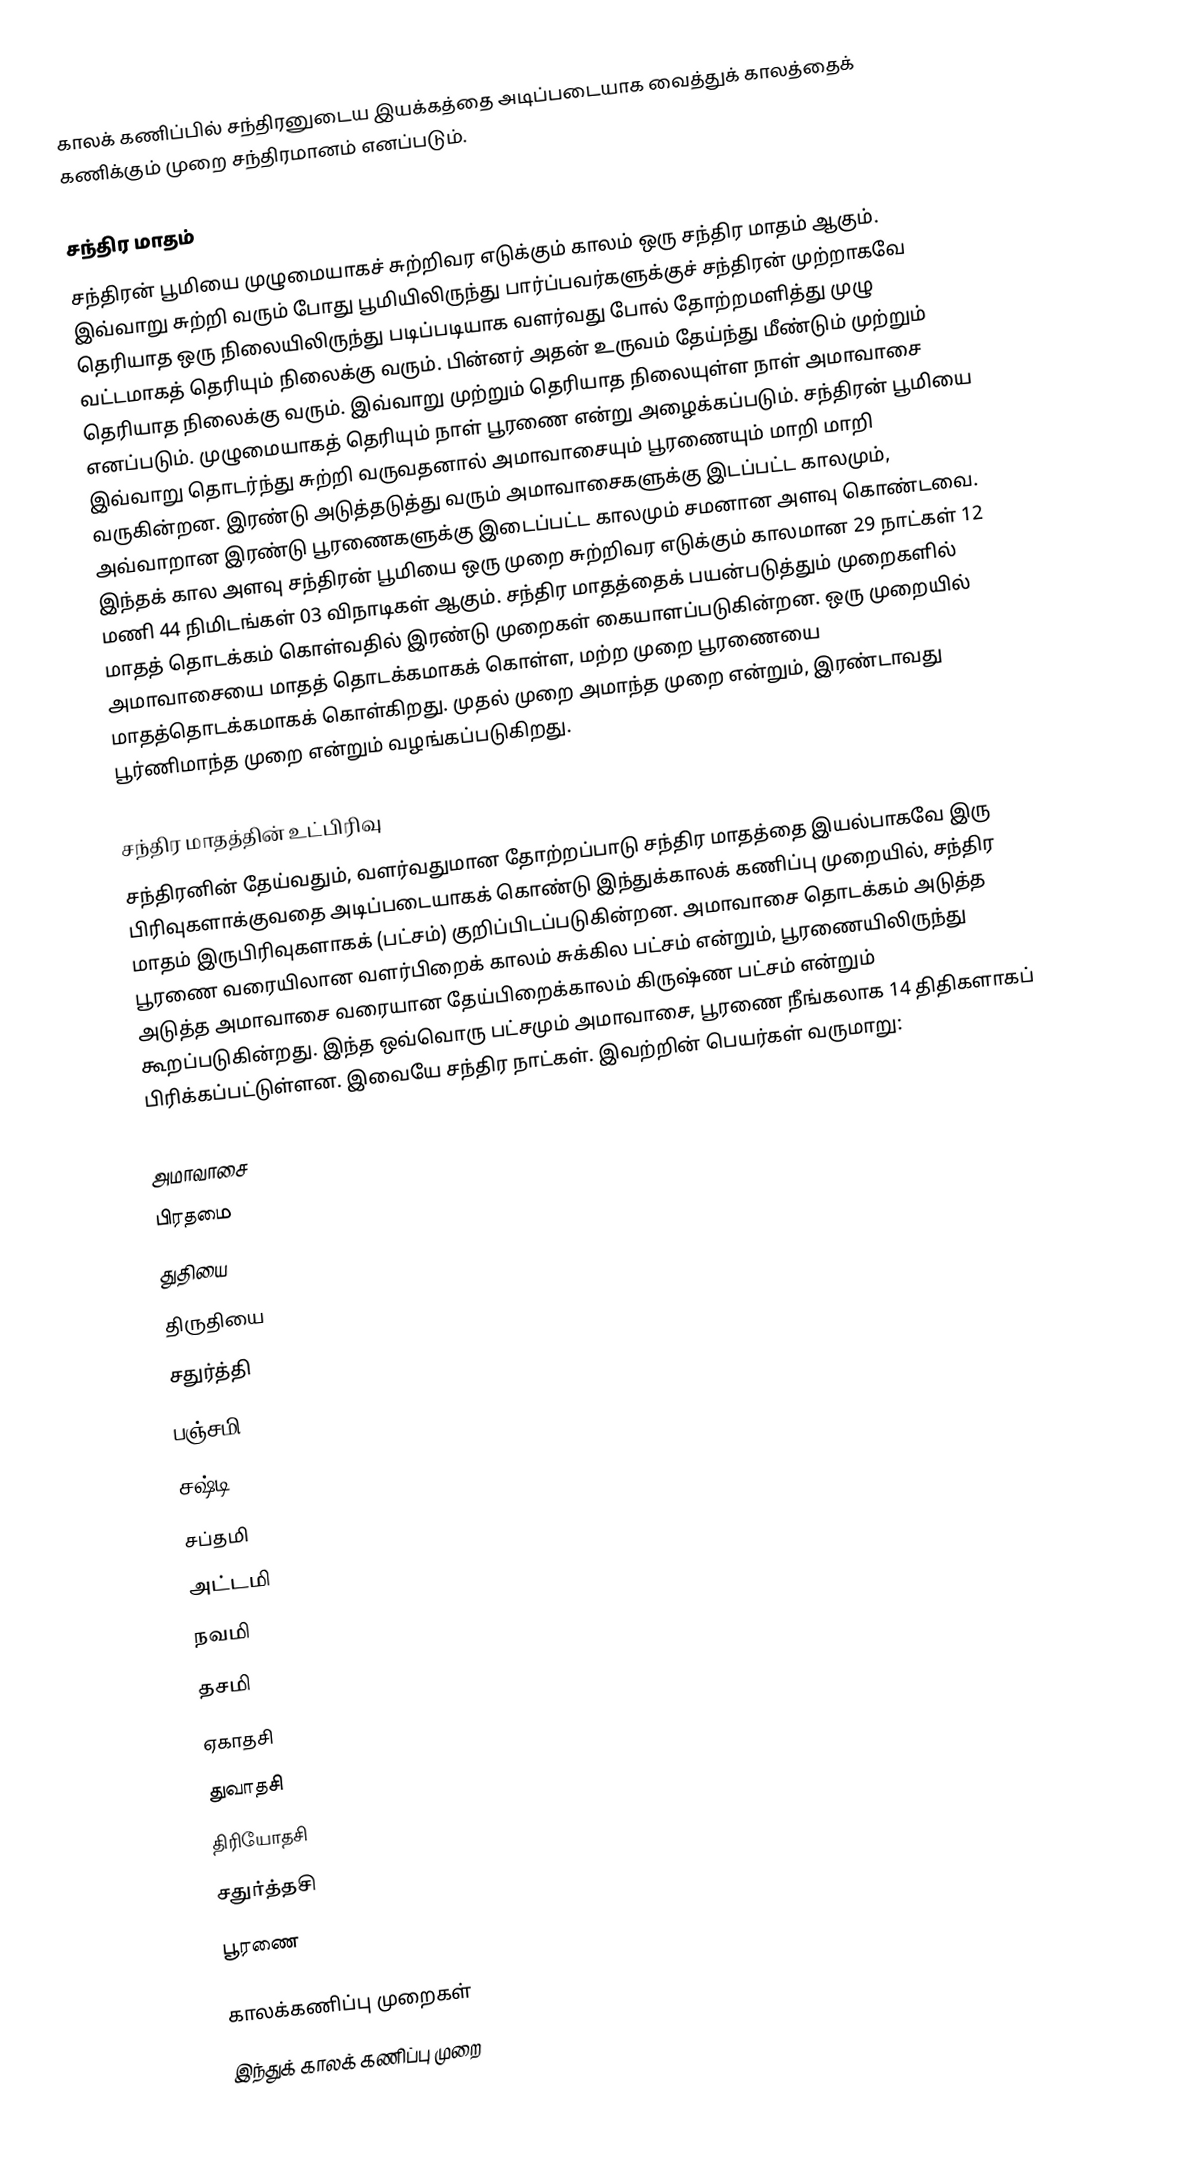
காலக் கணிப்பில் சந்திரனுடைய இயக்கத்தை அடிப்படையாக வைத்துக் காலத்தைக் கணிக்கும் முறை சந்திரமானம் எனப்படும்.

சந்திர மாதம்
சந்திரன் பூமியை முழுமையாகச் சுற்றிவர எடுக்கும் காலம் ஒரு சந்திர மாதம் ஆகும். இவ்வாறு சுற்றி வரும் போது பூமியிலிருந்து பார்ப்பவர்களுக்குச் சந்திரன் முற்றாகவே தெரியாத ஒரு நிலையிலிருந்து படிப்படியாக வளர்வது போல் தோற்றமளித்து முழு வட்டமாகத் தெரியும் நிலைக்கு வரும். பின்னர் அதன் உருவம் தேய்ந்து மீண்டும் முற்றும் தெரியாத நிலைக்கு வரும். இவ்வாறு முற்றும் தெரியாத நிலையுள்ள நாள் அமாவாசை எனப்படும். முழுமையாகத் தெரியும் நாள் பூரணை என்று அழைக்கப்படும். சந்திரன் பூமியை இவ்வாறு தொடர்ந்து சுற்றி வருவதனால் அமாவாசையும் பூரணையும் மாறி மாறி வருகின்றன. இரண்டு அடுத்தடுத்து வரும் அமாவாசைகளுக்கு இடப்பட்ட காலமும், அவ்வாறான இரண்டு பூரணைகளுக்கு இடைப்பட்ட காலமும் சமனான அளவு கொண்டவை. இந்தக் கால அளவு சந்திரன் பூமியை ஒரு முறை சுற்றிவர எடுக்கும் காலமான 29 நாட்கள் 12 மணி 44 நிமிடங்கள் 03 விநாடிகள் ஆகும். சந்திர மாதத்தைக் பயன்படுத்தும் முறைகளில் மாதத் தொடக்கம் கொள்வதில் இரண்டு முறைகள் கையாளப்படுகின்றன. ஒரு முறையில் அமாவாசையை மாதத் தொடக்கமாகக் கொள்ள, மற்ற முறை பூரணையை மாதத்தொடக்கமாகக் கொள்கிறது. முதல் முறை அமாந்த முறை என்றும், இரண்டாவது பூர்ணிமாந்த முறை என்றும்  வழங்கப்படுகிறது.

சந்திர மாதத்தின் உட்பிரிவு
சந்திரனின் தேய்வதும், வளர்வதுமான தோற்றப்பாடு சந்திர மாதத்தை இயல்பாகவே இரு பிரிவுகளாக்குவதை அடிப்படையாகக் கொண்டு இந்துக்காலக் கணிப்பு முறையில், சந்திர மாதம் இருபிரிவுகளாகக் (பட்சம்) குறிப்பிடப்படுகின்றன. அமாவாசை தொடக்கம் அடுத்த பூரணை வரையிலான வளர்பிறைக் காலம் சுக்கில பட்சம் என்றும், பூரணையிலிருந்து அடுத்த அமாவாசை வரையான தேய்பிறைக்காலம் கிருஷ்ண பட்சம் என்றும்  கூறப்படுகின்றது. இந்த ஒவ்வொரு பட்சமும் அமாவாசை, பூரணை நீங்கலாக 14 திதிகளாகப் பிரிக்கப்பட்டுள்ளன. இவையே சந்திர நாட்கள். இவற்றின் பெயர்கள் வருமாறு:

 அமாவாசை
 பிரதமை
 துதியை
 திருதியை
 சதுர்த்தி
 பஞ்சமி
 சஷ்டி
 சப்தமி
 அட்டமி
 நவமி
 தசமி
 ஏகாதசி
 துவாதசி
 திரியோதசி
 சதுர்த்தசி
 பூரணை

காலக்கணிப்பு முறைகள்
இந்துக் காலக் கணிப்பு முறை